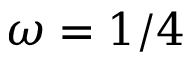
\omega = 1 / 4